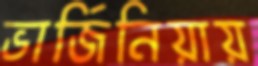
ভার্জিনিয়ায়